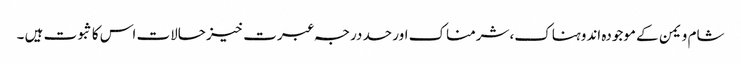
شام و یمن کے موجودہ اندوہناک، شرمناک اور حد درجہ عبرت خیز حالات اس کا ثبوت ہیں ۔